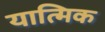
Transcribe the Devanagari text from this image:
यात्मिक